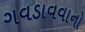
ગવડાવવાનો